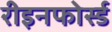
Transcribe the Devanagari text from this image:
रीइनफोर्स्ड